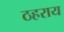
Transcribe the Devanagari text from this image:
ठहराय